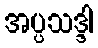
အပ္ပသဒ္ဒါ